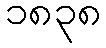
၁၈၃၈